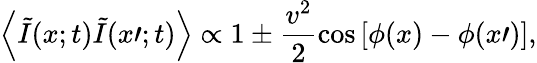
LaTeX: \left\langle\tilde{I}(x;t)\tilde{I}(x\prime;t)\right\rangle\propto 1\pm\frac{v^{2}}{2}\cos\left[\phi(x)-\phi(x\prime)\right],